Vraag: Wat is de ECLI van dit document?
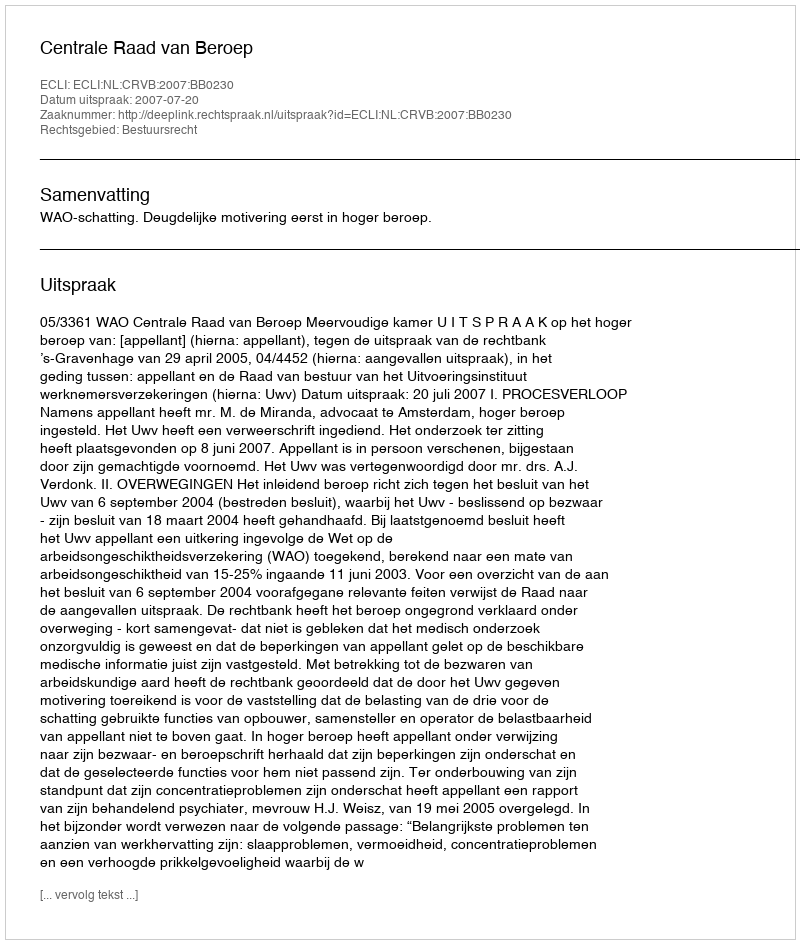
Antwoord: ECLI:NL:CRVB:2007:BB0230